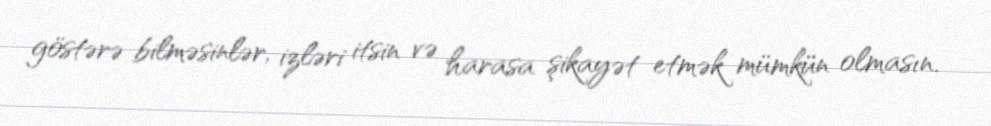
göstərə bilməsinlər, izləri itsin və harasa şikayət etmək mümkün olmasın.